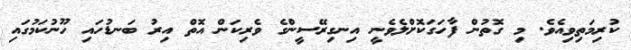
ކުރިމަތިވިއެވެ. މި ގޮތުން ފާހަގަކޮށްލެވެނީ އިނގިރޭސީންގެ ވެރިކަން އޮތް އިރު ބަނޑުހައި ހޫނުކަމުގައި